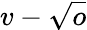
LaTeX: v-\sqrt{o}